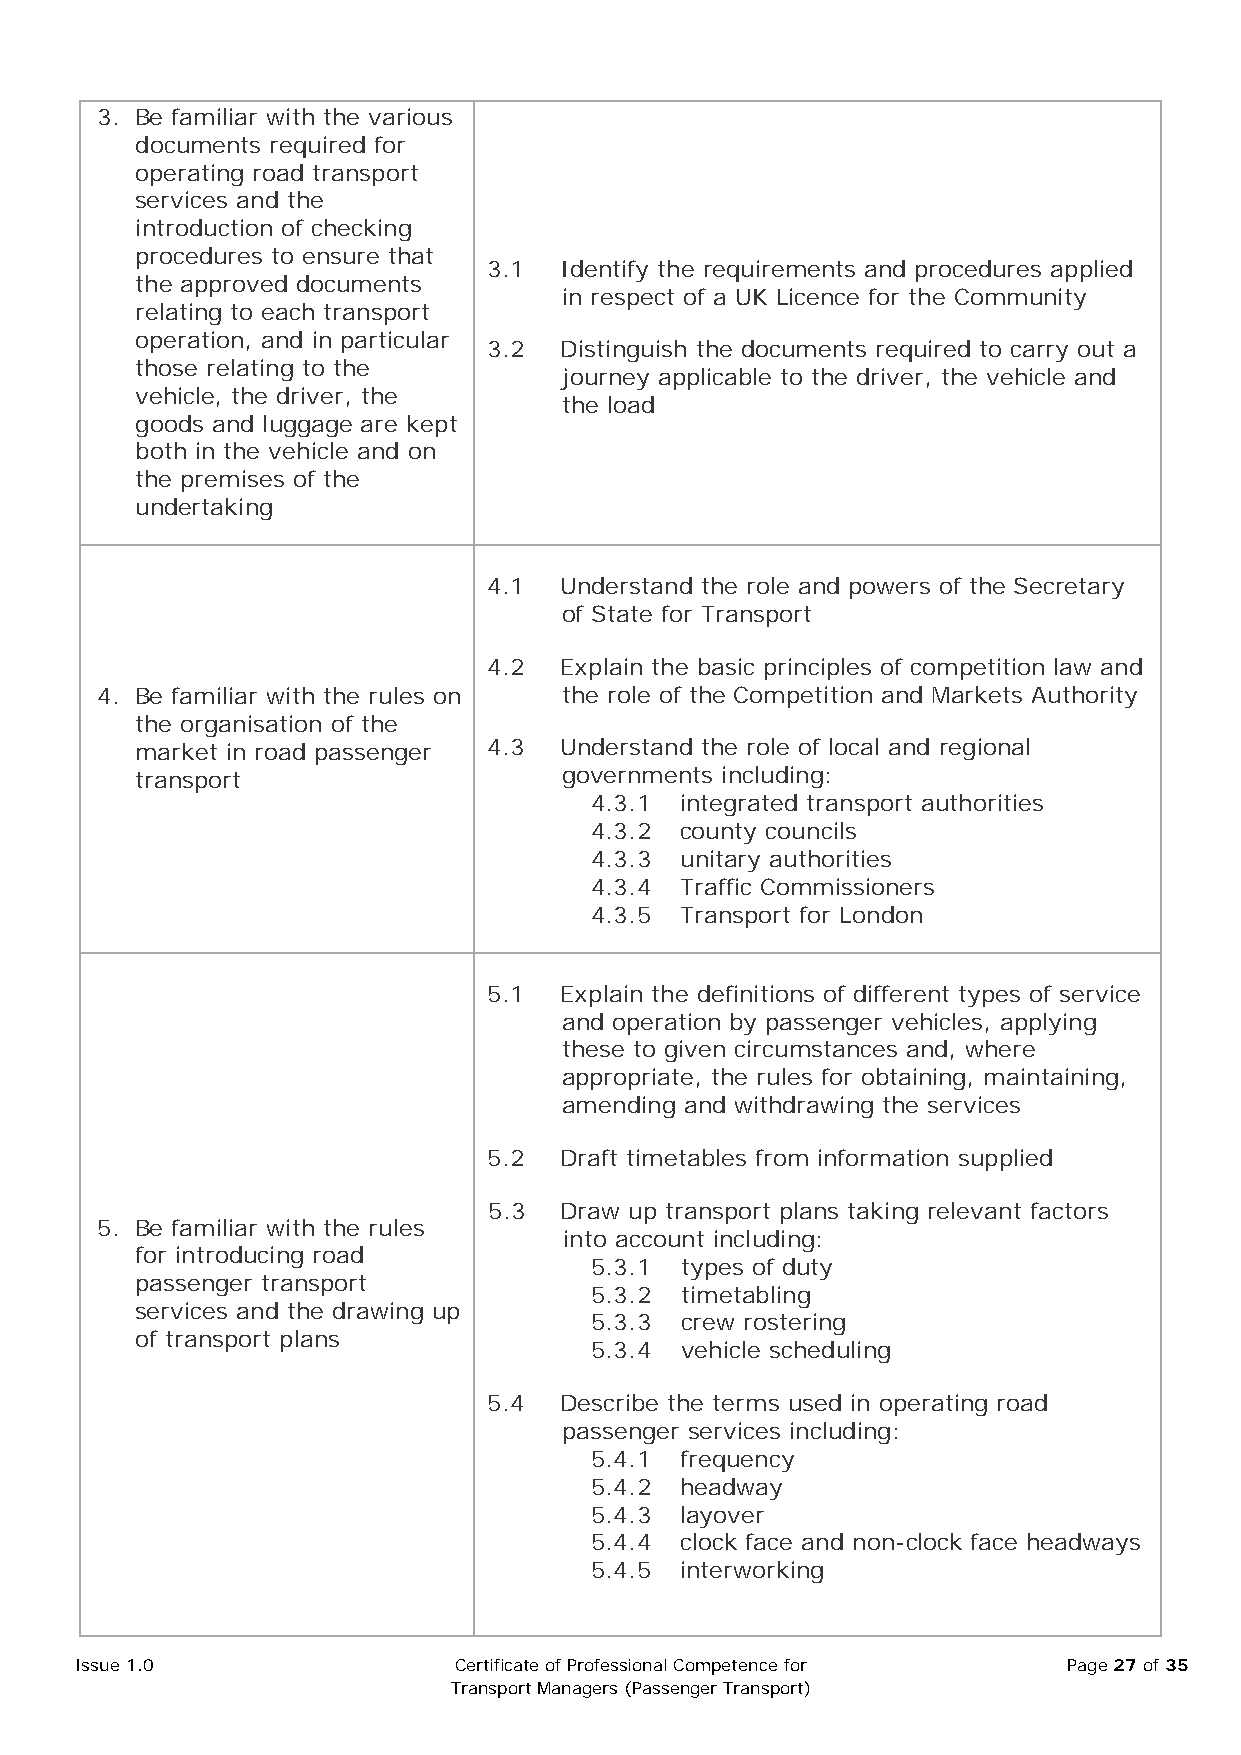
3. Be familiar with the various
 documents required for
 operating road transport
 services and the
 introduction of checking
 procedures to ensure that
 3.1  Identify the requirements and procedures applied
 the approved documents
 in respect of a UK Licence for the Community
 relating to each transport
 operation, and in particular
 3.2  Distinguish the documents required to carry out a
 those relating to the
 journey applicable to the driver, the vehicle and
 vehicle, the driver, the
 the load
 goods and luggage are kept
 both in the vehicle and on
 the premises of the
 undertaking
 4.1  Understand the role and powers of the Secretary
 of State for Transport
 4.2  Explain the basic principles of competition law and
 4. Be familiar with the rules on the role of the Competition and Markets Authority
 the organisation of the
 market in road passenger 4.3 Understand the role of local and regional
 transport                   governments including:
 4.3.1 integrated transport authorities
 4.3.2 county councils
 4.3.3 unitary authorities
 4.3.4 Traffic Commissioners
 4.3.5 Transport for London
 5.1  Explain the definitions of different types of service
 and operation by passenger vehicles, applying
 these to given circumstances and, where
 appropriate, the rules for obtaining, maintaining,
 amending and withdrawing the services
 5.2  Draft timetables from information supplied
 5.3  Draw up transport plans taking relevant factors
 5. Be familiar with the rules
 into account including:
 for introducing road
 5.3.1 types of duty
 passenger transport
 5.3.2 timetabling
 services and the drawing up
 5.3.3 crew rostering
 of transport plans
 5.3.4 vehicle scheduling
 5.4  Describe the terms used in operating road
 passenger services including:
 5.4.1 frequency
 5.4.2 headway
 5.4.3 layover
 5.4.4 clock face and non-clock face headways
 5.4.5 interworking
 Issue 1.0                Certificate of Professional Competence for Page 27 of 35
 Transport Managers (Passenger Transport)